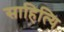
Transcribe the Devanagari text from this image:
साहित्यि